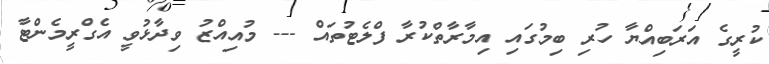
ކުރީގެ އަރަބިއްޔާ ހުރި ބިމުގައި އިމާރާތްކުރާ ފްލެޓުތައް --- މުއިއްޒު ވިދާޅުވީ އެގްރީމެންޓާ